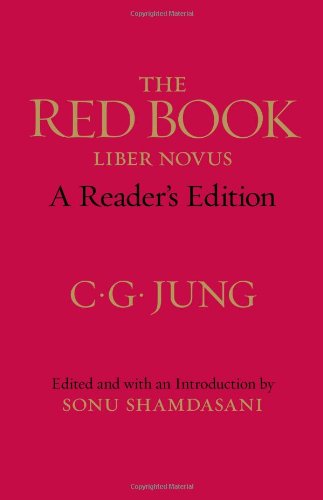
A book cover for The Red Book: A Reader's Edition (Philemon); C. G. Jung; Medical Books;